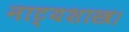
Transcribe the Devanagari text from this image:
नाट्यशास्त्र।